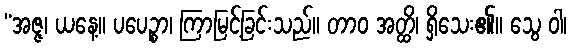
“အဇ္ဇ၊ ယနေ့။ ပပေဉ္စာ၊ ကြာမြင့်ခြင်းသည်။ တာဝ အတ္ထိ၊ ရှိသေး၏။ သွေ ဝါ၊